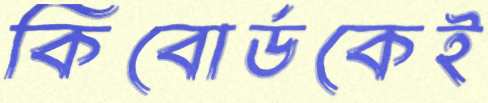
কিবোর্ডকেই